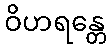
ဝိဟရန္တေ